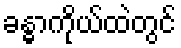
ခန္ဓာကိုယ်ထဲတွင်